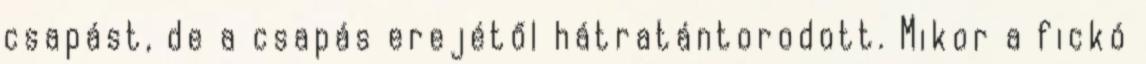
csapást, de a csapás erejétől hátratántorodott. Mikor a fickó